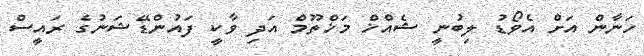
ހަނާން އަށް އެވޯޑު ލިބުނީ ޝެއްޚް މަޚްތޫމް އަދި ވާކީ ފައުންޑޭޝަނުގެ ރައީސް